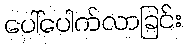
ပေါ်ပေါက်လာခြင်း